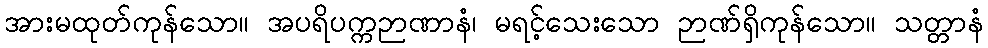
အားမထုတ်ကုန်သော။ အပရိပက္ကဉာဏာနံ၊ မရင့်သေးသော ဉာဏ်ရှိကုန်သော။ သတ္တာနံ